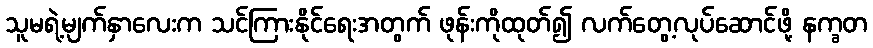
သူမရဲ့မျက်နှာလေးက သင်ကြားနိုင်ရေးအတွက် ဖုန်းကိုထုတ်၍ လက်တွေ့လုပ်ဆောင်ဖို့ နက္ခတ